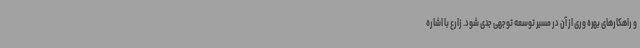
و راهکارهای بهره وری از آن در مسیر توسعه توجهی جدی شود. زارع با اشاره